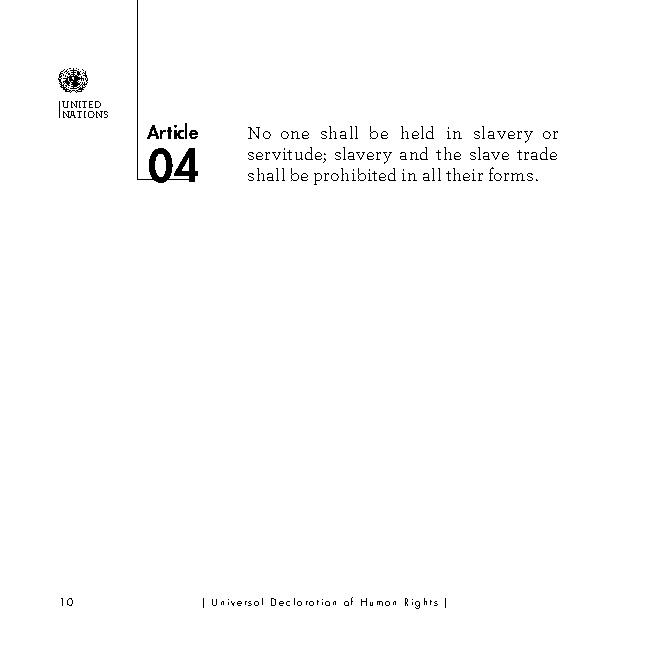
UNITED
 NATIONS
 Article No one shall be held in slavery or
 04    servitude; slavery and the slave trade
 shall be prohibited in all their forms.
 10       | Universal Declaration of Human Rights |